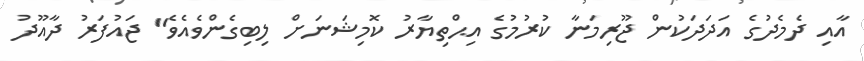
އާއި ދެމެދުގެ އަދަދަކުން ޖޫރިމަނާ ކުރުމުގެ އިޙްތިޔާރު ކޮމިޝަނަށް ލިބިގެންވެއެވެ" ޖައުފަރު ދާއޫދު